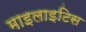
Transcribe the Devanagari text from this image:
माइलाइटिस